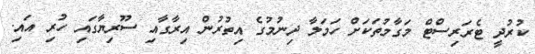
ކުރުދީ ޓެރަރިސްޓް މަގާމުތަކަށް ހަމަލާ ދިނުމުގެ އިތުރުން އިރާގާއި ސޫރިޔާގައި ހުރި އައި.